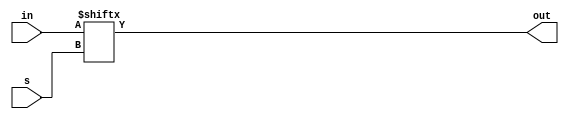
module mux2_1(
input s,
input [1:0] in,
output reg out
);

always@(s or in)
	out = in[s];

endmodule